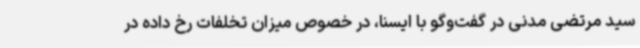
سید مرتضی مدنی در گفت‌وگو با ایسنا، در خصوص میزان تخلفات رخ داده در